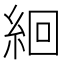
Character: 絗